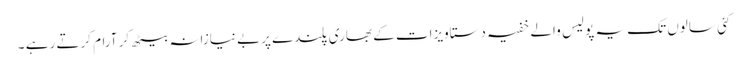
کئی سالوں تک یہ پولیس والے خفیہ دستاویزات کے بھاری پلندے پربے نیازانہ بیٹھ کر آرام کرتے رہے ۔